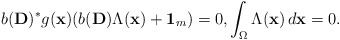
\begin{align*}b(\mathbf{D})^*g(\mathbf{x})(b(\mathbf{D})\Lambda (\mathbf{x})+\mathbf{1}_m)=0,\int _\Omega \Lambda (\mathbf{x})\,d\mathbf{x}=0.\end{align*}